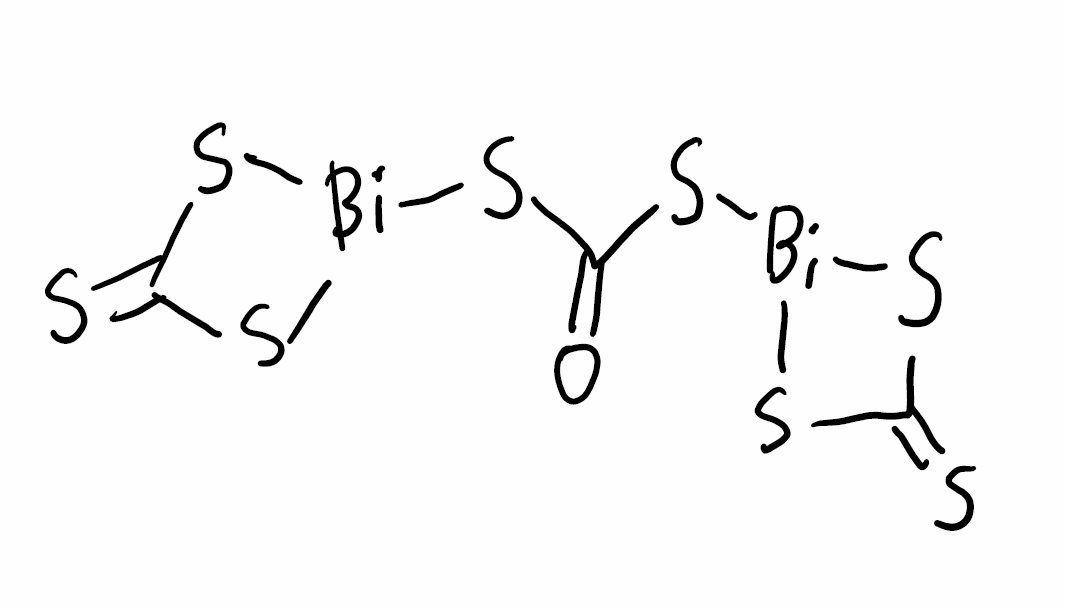
Simplified molecular-input line-entry system (SMILES) notation of the given molecule:
C1(=S)S[Bi](S1)SC(=S)S[Bi]2SC(=S)S2